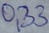
Text: 0,33